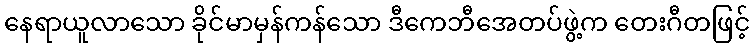
နေရာယူလာသော ခိုင်မာမှန်ကန်သော ဒီကေဘီအေတပ်ဖွဲ့က တေးဂီတဖြင့်